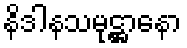
နိဒါနသမုဋ္ဌာနော